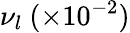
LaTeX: \nu_{l}~(\times 10^{-2})